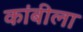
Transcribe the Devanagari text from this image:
कांबीला